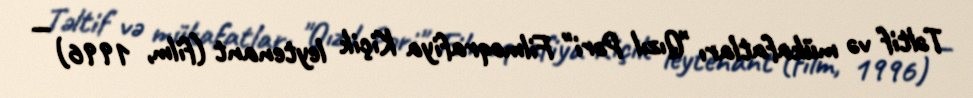
Təltif və mükafatları "Qızıl Pəri" Filmoqrafiya Kiçik leytenant (film, 1996) —